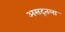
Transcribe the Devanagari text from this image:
असद्तला